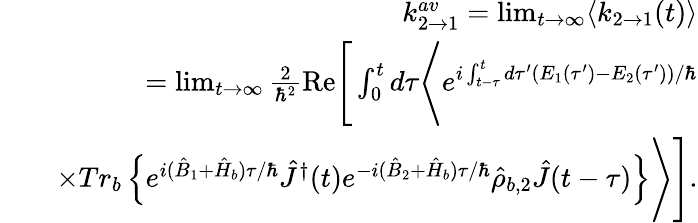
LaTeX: \begin{array}{rlr}&{}&{k_{2\rightarrow 1}^{av}=\operatorname*{lim}_{t\rightarrow\infty}\langle k_{2\rightarrow 1}(t)\rangle}\\ &{}&{=\operatorname*{lim}_{t\rightarrow\infty}\frac{2}{\hbar^{2}}\mathrm{Re}\Bigg[\int_{0}^{t}d\tau\Bigg\langle e^{i\int_{t-\tau}^{t}d\tau^{\prime}(E_{1}(\tau^{\prime})-E_{2}(\tau^{\prime}))/\hbar}}\\ &{}&{\times Tr_{b}\left\{ e^{i(\hat{B}_{1}+\hat{H}_{b})\tau/\hbar}\hat{J}^{\dagger}(t)e^{-i(\hat{B}_{2}+\hat{H}_{b})\tau/\hbar}\hat{\rho}_{b,2}\hat{J}(t-\tau)\right\} \Bigg\rangle\Bigg].}\end{array}